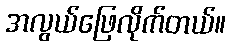
အလွယ်ဖြေလိုက်တယ်။